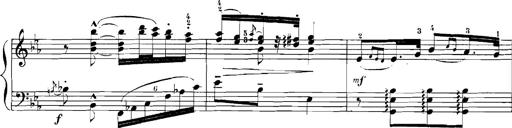
Title: Rhapsodies hongroises
Composer: Franz Liszt